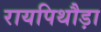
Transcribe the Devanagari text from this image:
रायपिथौड़ा